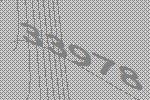
33978